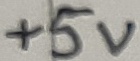
Text: 10µ